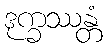
ဒုက္ခဿန္တံ